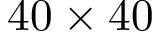
4 0 \times 4 0